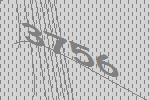
3756